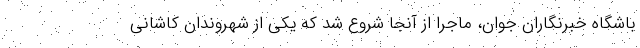
باشگاه خبرنگاران جوان، ماجرا از آنجا شروع شد که یکی از شهروندان کاشانی